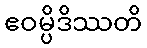
ဧဝမ္ပိဒိဿတိ